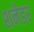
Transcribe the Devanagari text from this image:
शनेडर